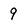
Character: 9